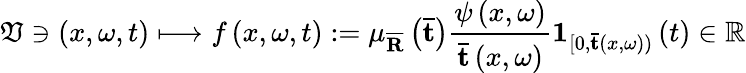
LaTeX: \mathfrak{V}\ni\left(x,\omega,t\right)\longmapsto f\left(x,\omega,t\right):=\mu_{\overline{{\mathbf{R}}}}\left(\mathbf{\bar{t}}\right)\frac{\psi\left(x,\omega\right)}{\mathbf{\bar{t}}\left(x,\omega\right)}\mathbf{1}_{[0,\mathbf{\bar{t}}\left(x,\omega\right))}\left(t\right)\in\mathbb{R}